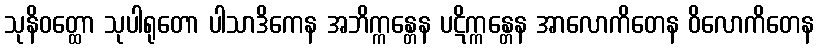
သုနိဝတ္ထော သုပါရုတော ပါသာဒိကေန အဘိက္ကန္တေန ပဋိက္ကန္တေန အာလောကိတေန ဝိလောကိတေန